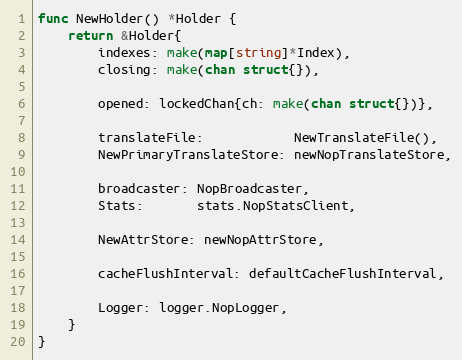
Language: Go
func NewHolder() *Holder {
	return &Holder{
		indexes: make(map[string]*Index),
		closing: make(chan struct{}),

		opened: lockedChan{ch: make(chan struct{})},

		translateFile:            NewTranslateFile(),
		NewPrimaryTranslateStore: newNopTranslateStore,

		broadcaster: NopBroadcaster,
		Stats:       stats.NopStatsClient,

		NewAttrStore: newNopAttrStore,

		cacheFlushInterval: defaultCacheFlushInterval,

		Logger: logger.NopLogger,
	}
}